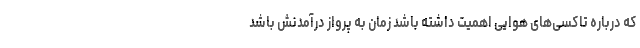
که درباره تاکسی‌های هوایی اهمیت داشته باشد زمان به پرواز درآمدنش باشد